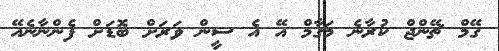
ގޭމް ޗޭންޖް ކުރާނެ މަގާމް އޭ އެ ސީން ވަރަށް ބޮޑަށް ފެންނާނެއޭ